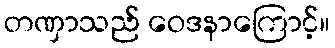
တဏှာသည် ဝေဒနာကြောင့်။